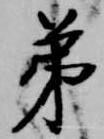
第